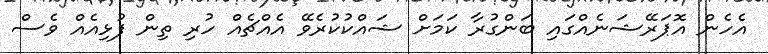
އެހެން އޮޕަރޭޝަނެއްގައި ބަންގުރާ ކަމަށް ޝައްކުކުރެވޭ އެއްޗެއް ހުރި ތިން ފުޅިއެއް ވެސް